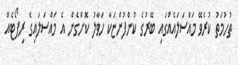
ތުހުމަތު ކުރެވޭ މައްސަލައެއްގައި ބޭރުގެ ކުންފުންޏަކާ ހަވާލު ކޮށްގެން އެ މައްސަލައިގެ ރިޕޯޓެއް